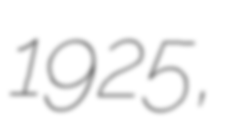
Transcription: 1925,